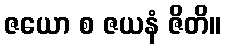
ဇယော စ ဇယနံ ဇိတိ။